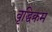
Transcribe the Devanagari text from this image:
वृद्धिक्रम